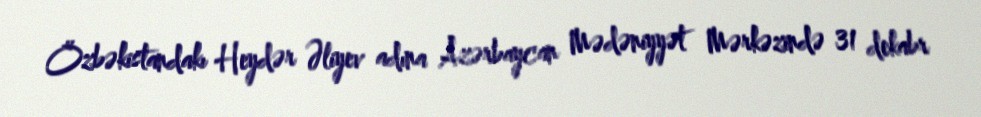
Özbəkistandakı Heydər Əliyev adına Azərbaycan Mədəniyyət Mərkəzində 31 dekabr